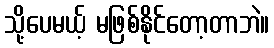
သို့ပေမယ့် မဖြစ်နိုင်တော့တာဘဲ။